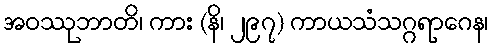
အဝဿုဘာတိ၊ ကား (နိ၊ ၂၉၇) ကာယသံသဂ္ဂရာဂေန၊